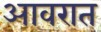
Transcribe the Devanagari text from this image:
आवरात